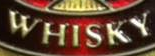
WHISKY